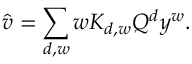
\hat { v } = \sum _ { d , w } w K _ { d , w } Q ^ { d } y ^ { w } .